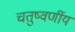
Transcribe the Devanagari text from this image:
चतुष्वर्णीय